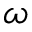
\omega